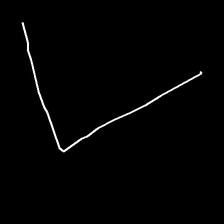
Glyph: region